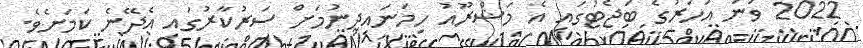
2022 ވަނަ އަހަރުގެ ބަޖެޓުގައި އެ މަޝްރޫއު ހިމަނައިދިނުމަށް ސަރުކާރުގައި އެދޭނެ ކަމަށެވެ.